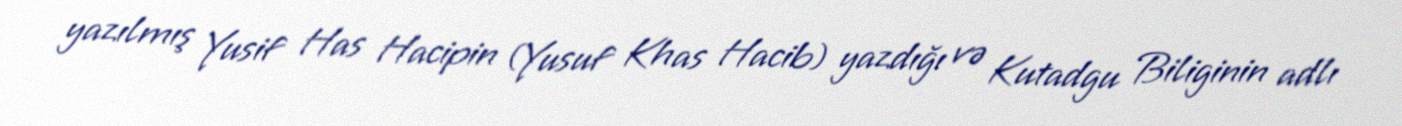
yazılmış Yusif Has Hacipin (Yusuf Khas Hacib) yazdığı və Kutadgu Biliginin adlı